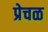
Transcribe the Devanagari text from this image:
प्रेचळ